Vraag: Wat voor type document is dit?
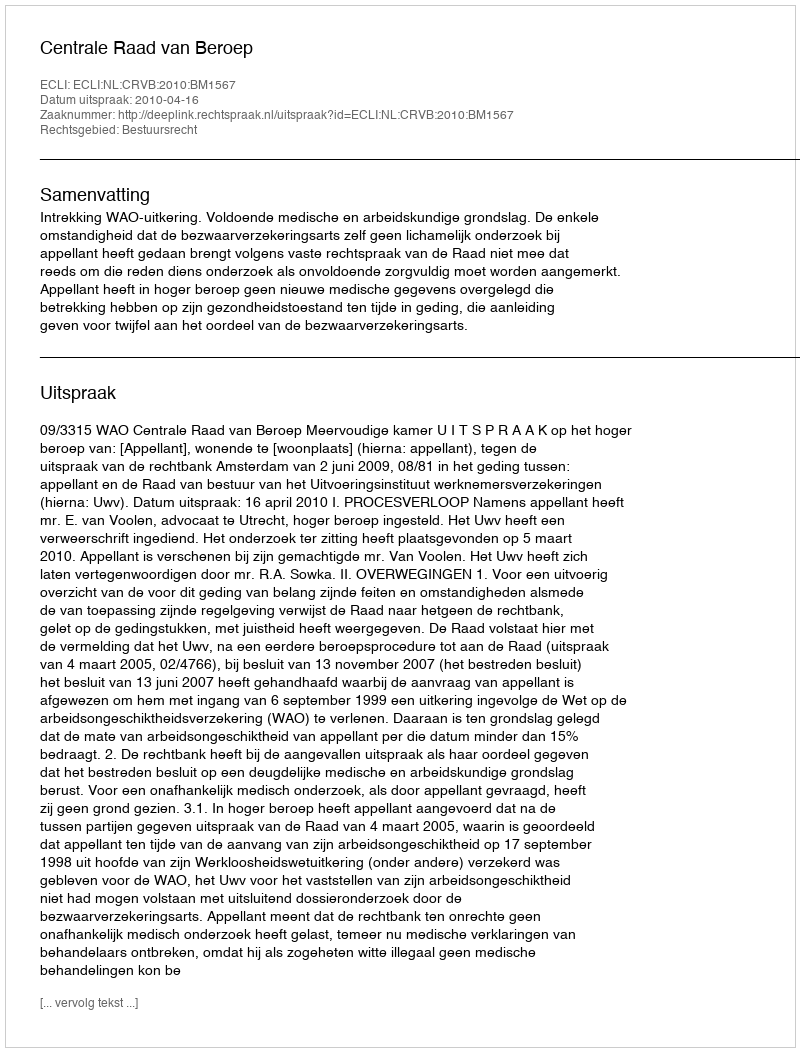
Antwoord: Uitspraak